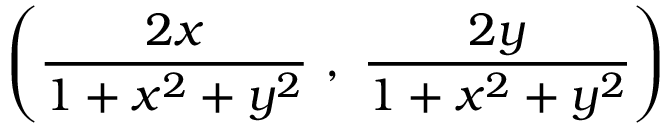
\left( { \frac { 2 x } { 1 + x ^ { 2 } + y ^ { 2 } } } \ , \ { \frac { 2 y } { 1 + x ^ { 2 } + y ^ { 2 } } } \right)